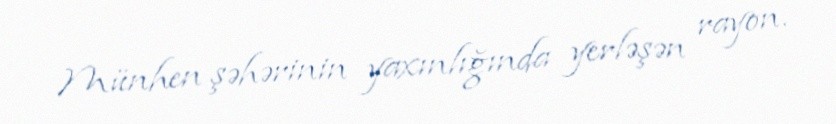
Münhen şəhərinin yaxınlığında yerləşən rayon.